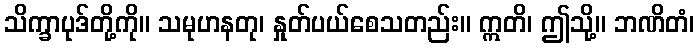
သိက္ခာပုဒ်တို့ကို။ သမုဟနတု၊ နှုတ်ပယ်စေသတည်း။ ဣတိ၊ ဤသို့။ ဘဏိတံ၊